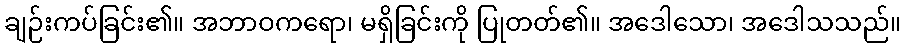
ချဉ်းကပ်ခြင်း၏။ အဘာဝကရော၊ မရှိခြင်းကို ပြုတတ်၏။ အဒေါသော၊ အဒေါသသည်။